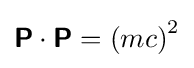
{\boldsymbol {\mathsf {P}}}\cdot {\boldsymbol {\mathsf {P}}}=\left(mc\right)^{2}\,\!